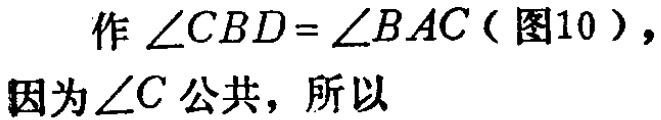
作\(\angle CBD = \angle BAC\)（图10），
因为\(\angle C\)公共，所以